画像に写った文字を読んでください
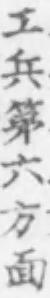
「工兵第六方面」と書いてあります